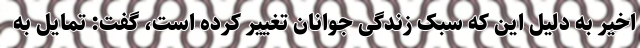
اخیر به دلیل این که سبک زندگی جوانان تغییر کرده است، گفت: تمایل به